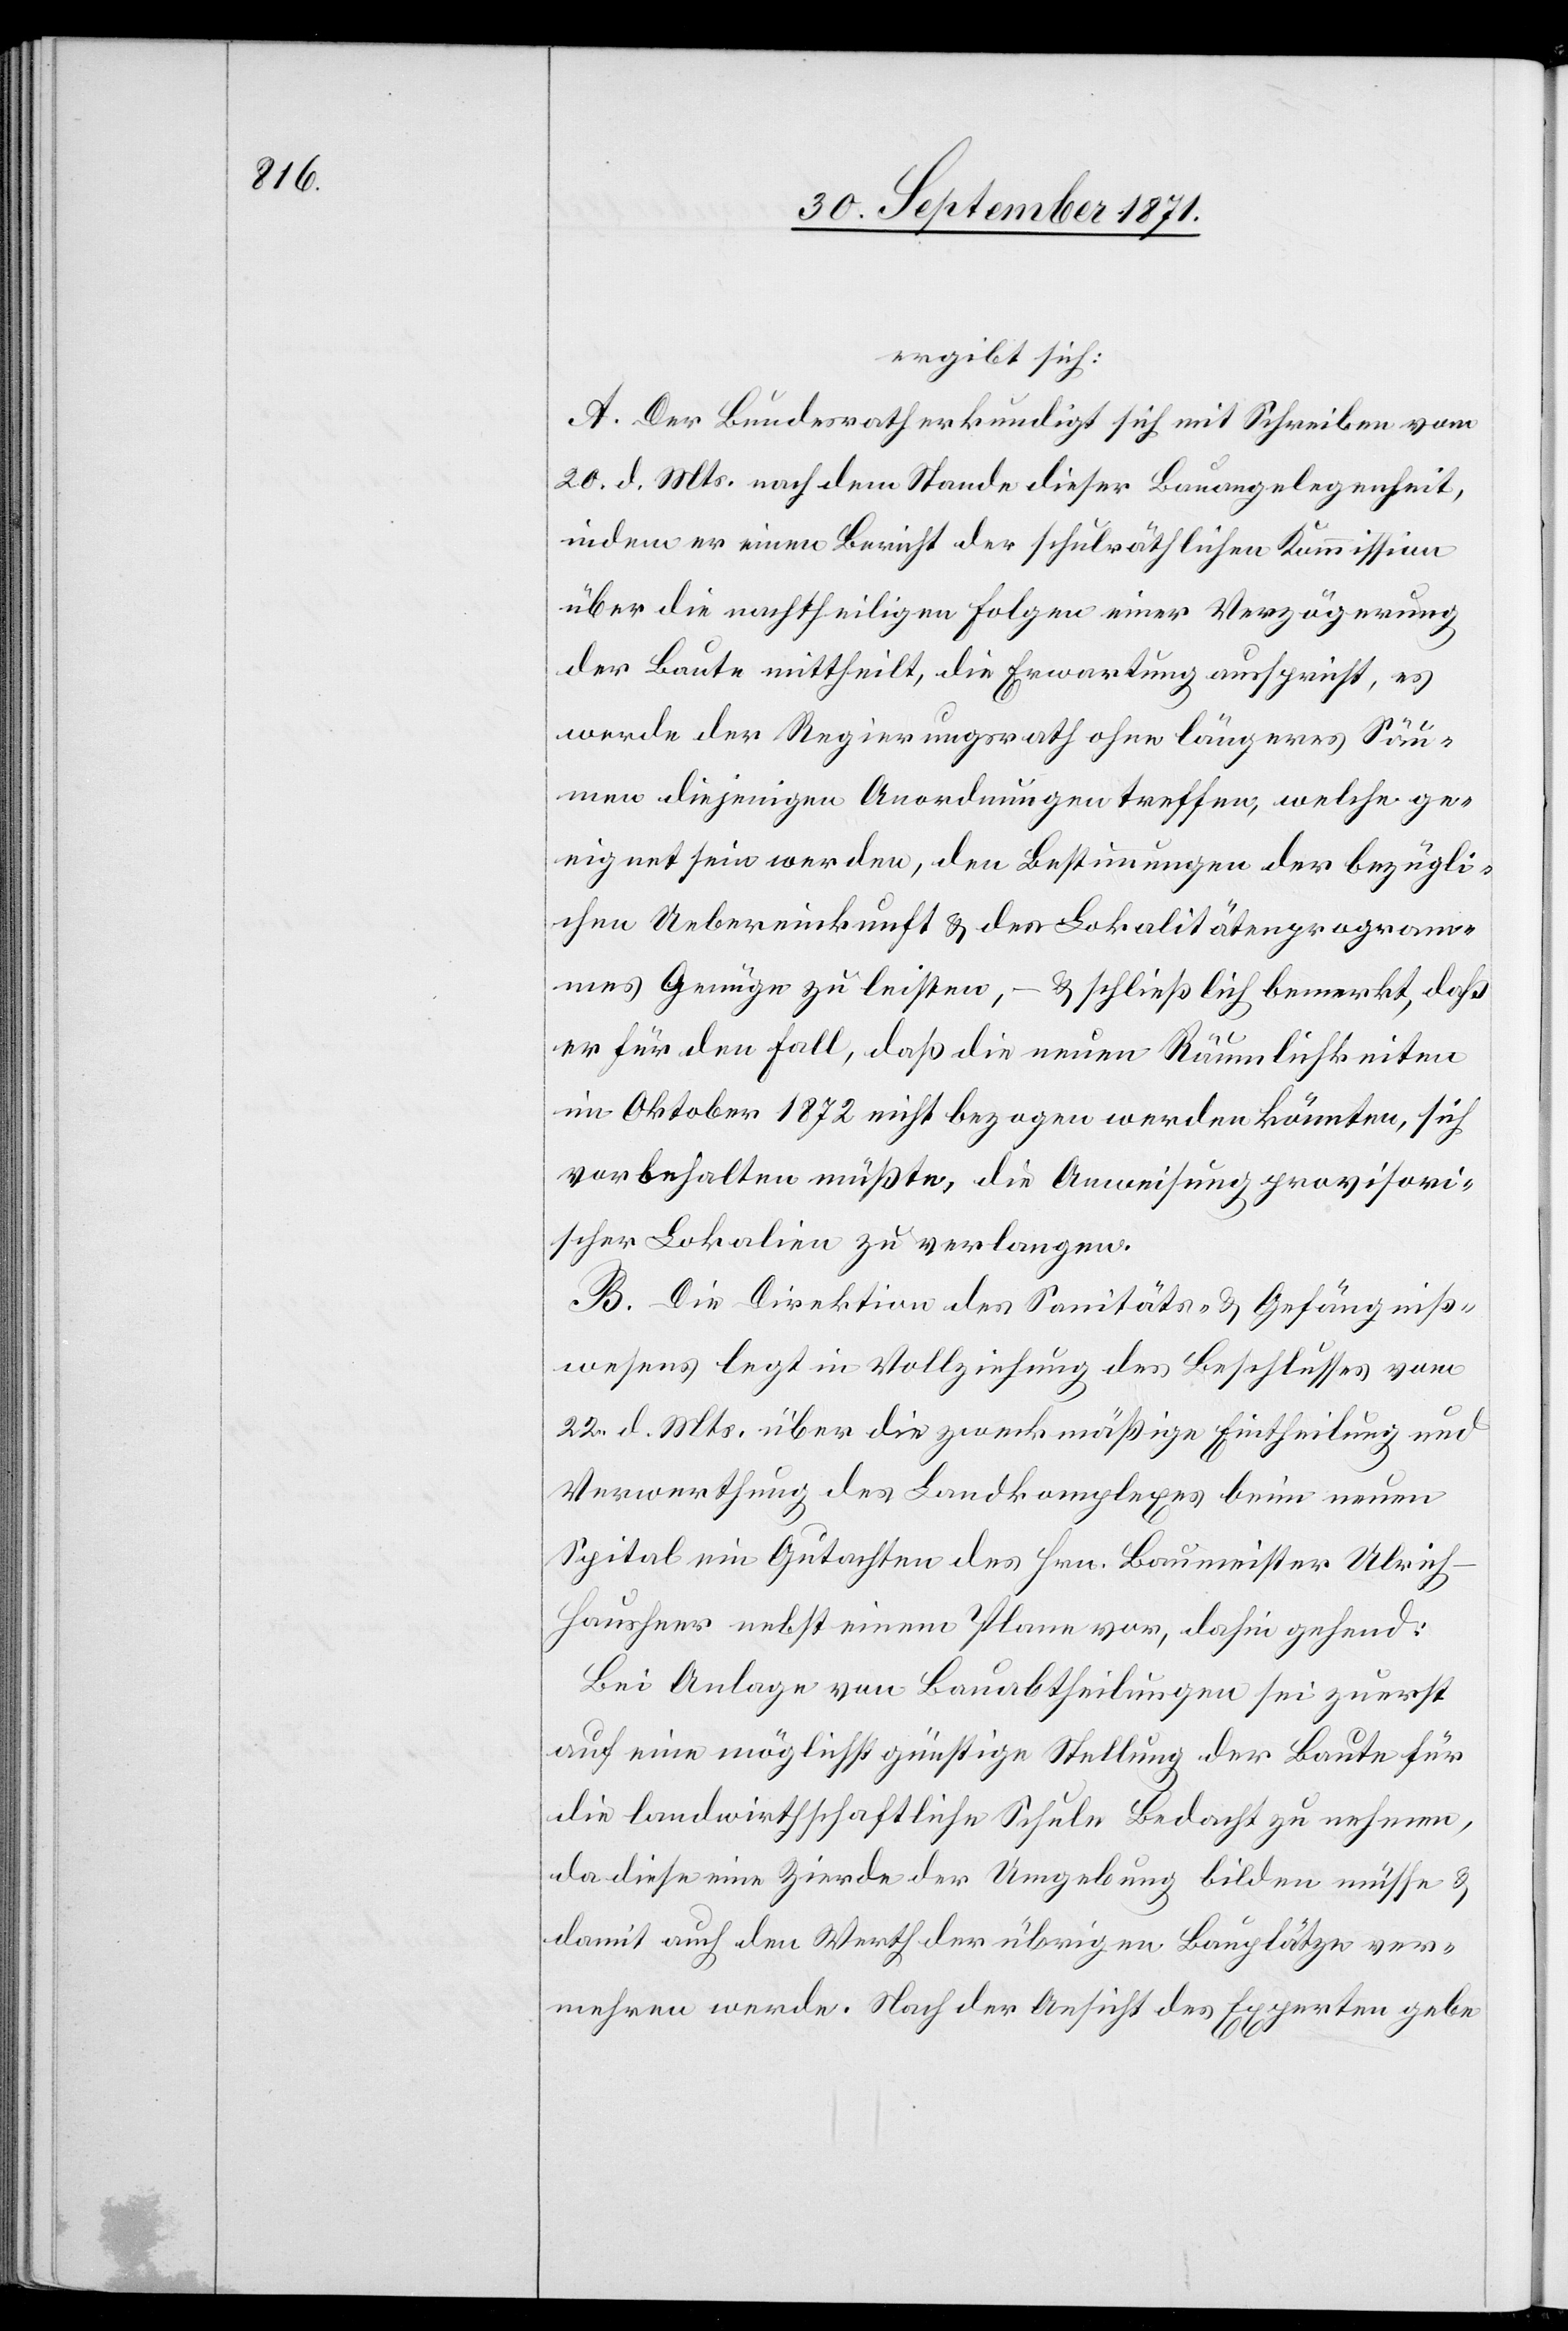
ergibt sich:
A. Der Bundesrath erkundigt sich mit Schreiben vom
20. d. Mts. nach dem Stande dieser Bauangelegenheit,
indem er einen Bericht der schulräthlichen Kommission
über die nachtheiligen Folgen einer Verzögerung
der Baute mittheilt, die Erwartung ausspricht, es
werde der Regierungsrath ohne längeres Säu¬
men diejenigen Anordnungen treffen, welche ge¬
eignet sein werden, den Bestimmungen der bezügli¬
chen Uebereinkunft & des Lokalitätenprogram¬
mes Genüge zu leisten, – & schließlich bemerkt, daß
er für den Fall, daß die neuen Räumlichkeiten
im Oktober 1872 nicht bezogen werden könnten, sich
vorbehalten müßte, die Anweisung provisori¬
scher Lokalien zu verlangen.
B. Die Direktion des Sanitäts- & Gefängniß¬
wesens legt in Vollziehung des Beschlusses vom
22. d. Mts. über die zweckmäßige Eintheilung und
Verwerthung des Landkomplexes beim neuen
Spital ein Gutachten des Hrn. Baumeister Ulric¬
h-Hausheer nebst einem Plane vor, dahin gehend:
Bei Anlage von Bauabtheilungen sei zuerst
auf eine möglichst günstige Stellung der Baute für
die landwirthschaftliche Schule Bedacht zu nehmen,
da diese eine Zierde der Umgebung bilden müsse &
damit auch den Werth der übrigen Bauplätze ver¬
mehren werde. Nach der Ansicht des Experten gebe